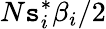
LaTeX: N\mathtt{s}_{i}^{*}\beta_{i}/2